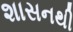
શાસનથી